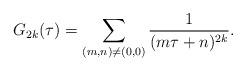
LaTeX: \begin{align*}G_{2k}(\tau) = \sum_{(m, n) \neq (0, 0)} \frac{1}{(m\tau + n)^{2k}}.\end{align*}